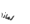
لماذا